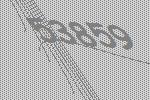
53859